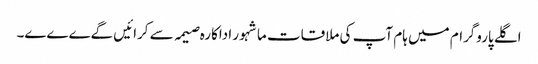
اگلے پاروگرام میں ہام آپ کی ملاقات ماشہور اداکارہ صیمہ سے کرائیں گےےےے۔